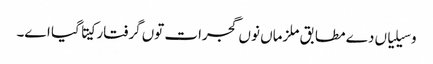
وسیلیاں دے مطابق ملزماں نوں گجرات توں گرفتار کیتا گیا اے۔